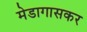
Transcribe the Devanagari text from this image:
मेडागासकर